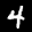
Label: 4